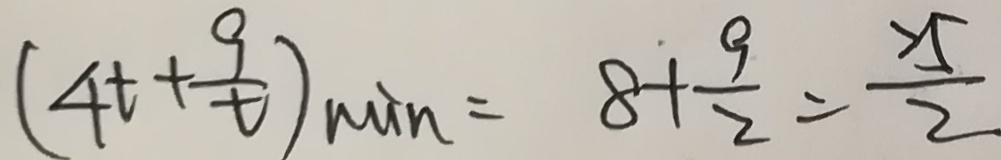
( 4 t + \frac { 9 } { t } ) \min = 8 + \frac { 9 } { 2 } = \frac { 2 5 } { 2 }